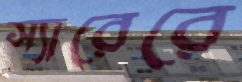
স্যারেরে